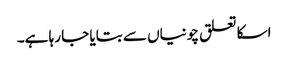
اسکا تعلق چونیاں سے بتایا جا رہا ہے۔